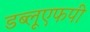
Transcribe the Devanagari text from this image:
डब्लूएफपी